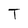
Character: T